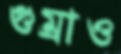
গুম্‌রাও